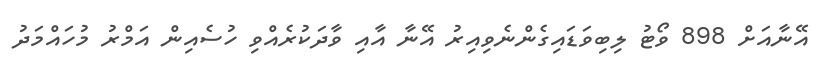
އޭނާއަށް 898 ވޯޓު ލިބިވަޑައިގެންނެވިއިރު އޭނާ އާއި ވާދަކުރެއްވި ހުސެއިން އަމްރު މުހައްމަދު